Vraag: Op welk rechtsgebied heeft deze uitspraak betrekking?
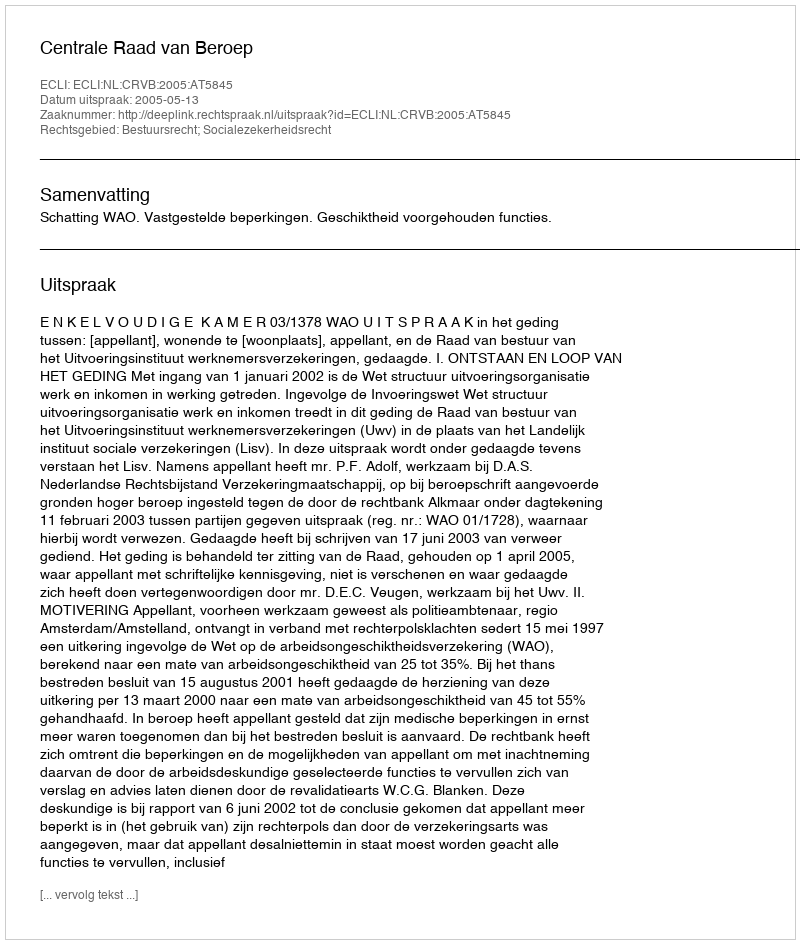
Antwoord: Bestuursrecht; Socialezekerheidsrecht